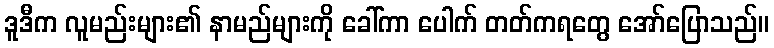
ဒူဒီက လူမည်းများ၏ နာမည်များကို ခေါ်ကာ ပေါက် တတ်ကရတွေ အော်ပြောသည်။